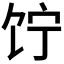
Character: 𬲲